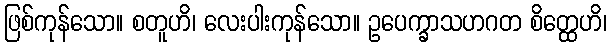
ဖြစ်ကုန်သော။ စတူဟိ၊ လေးပါးကုန်သော။ ဥပေက္ခာသဟဂတ စိတ္ထေဟိ၊